Report on vaccination in Madras 1904-1921 - 1904-1921
Year: 1904
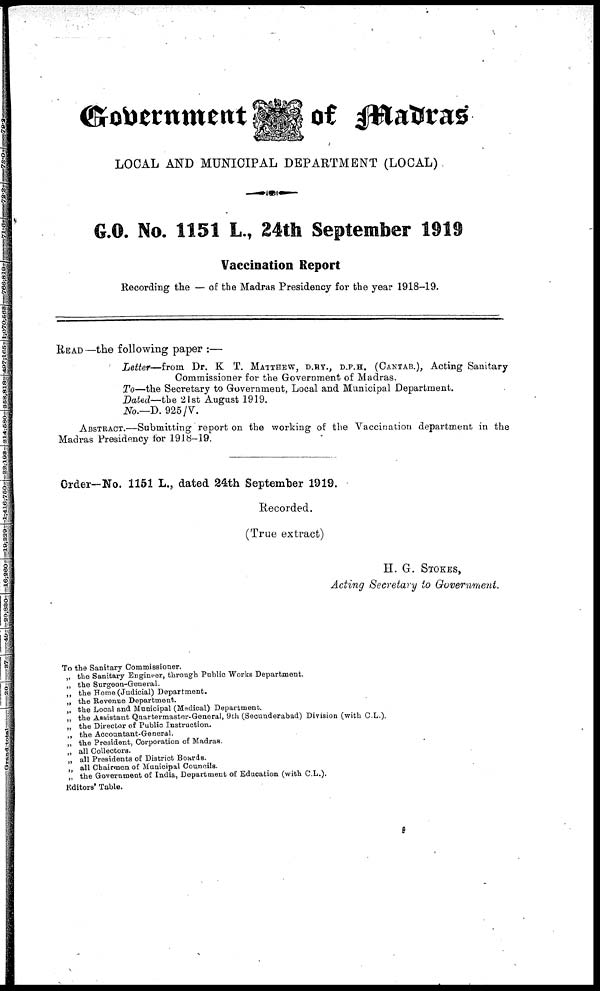
Government of Madras
LOCAL AND MUNICIPAL DEPARTMENT (LOCAL)
G.O. No. 1151 L., 24th September 1919
Vaccination Report
Recording the — of the Madras Presidency for the year 1918-19.
READ—the following paper :—
Letter—from
Dr. K T. MATTHEW, D.HY., D.P.H. (CANTAB.), Acting Sanitary
Commissioner for the Government of Madras.
To—the Secretary to Government, Local and Municipal Department.
Dated— the 21st August 1919.
No.—D. 925/V.
ABSTRACT.—Submitting report on the working of the Vaccination department in the
Madras Presidency for 1918-19.
Order—No. 1151 L., dated 24th September 1919.
Recorded.
(True extract)
H. G. STOKES,
Acting Secretary to Government.
To the Sanitary Commissioner.
„ the Sanitary Engineer, through Public Works Department.
„ the Surgeon-General.
„ the Home (Judicial) Department.
„ the Revenue Department.
„ the Local and Municipal (Medical) Department.
„ the Assistant Quartermaster-General, 9th (Secunderabad) Division (with C.L.).
„ the Director of Public Instruction.
„ the Accountant-General.
„ the President, Corporation of Madras.
„ all Collectors.
„ all Presidents of District Boards.
„ all Chairmen of Municipal Councils.
„ the Government of India, Department of Education (with C.L.).
Editors' Table.